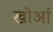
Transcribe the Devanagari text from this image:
खोआं